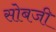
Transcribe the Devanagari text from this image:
सोबजी